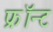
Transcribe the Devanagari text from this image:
फ्रॉन्ट